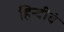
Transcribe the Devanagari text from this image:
हिन्दीेवं